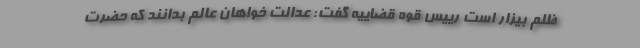
ظلم بیزار است رییس قوه قضاییه گفت: عدالت خواهان عالم بدانند که حضرت